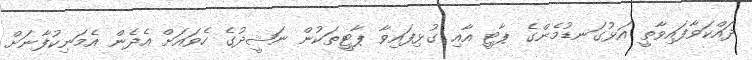
ދައްކަވާފައިވާތީ އަޅުގަނޑުމެންގެ ޕާޓީ އާއި ގުޅިފައިވާ ޕާޓީތަކުން ނަޝީދުގެ ހެވައަށް އެދެން އެމަނިކުފާނަށް